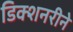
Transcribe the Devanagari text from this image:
डिक्शनरीने